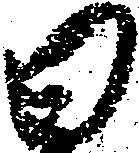
日